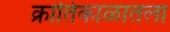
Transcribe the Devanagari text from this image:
क्रांतिकाळातला